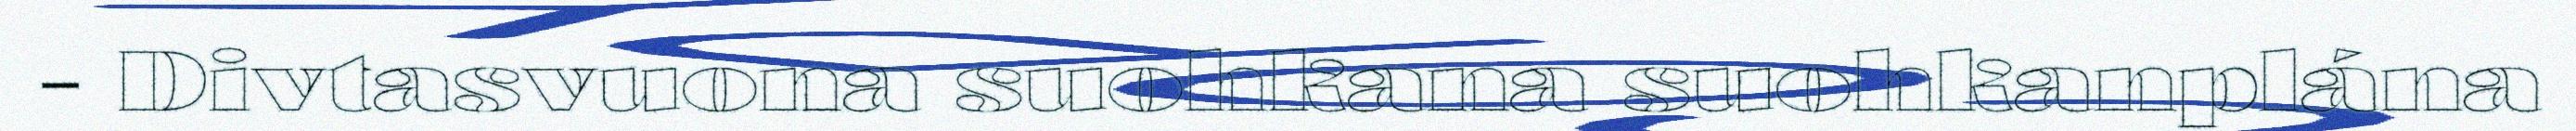
- Divtasvuona suohkana suohkanplána